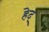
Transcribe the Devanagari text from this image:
हेद